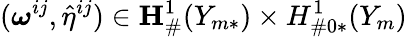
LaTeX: (\boldsymbol{\omega}^{ij},\hat{\eta}^{ij})\in{\mathbf{H}}_{\# }^{1}(Y_{m*})\times H_{\# 0*}^{1}(Y_{m})